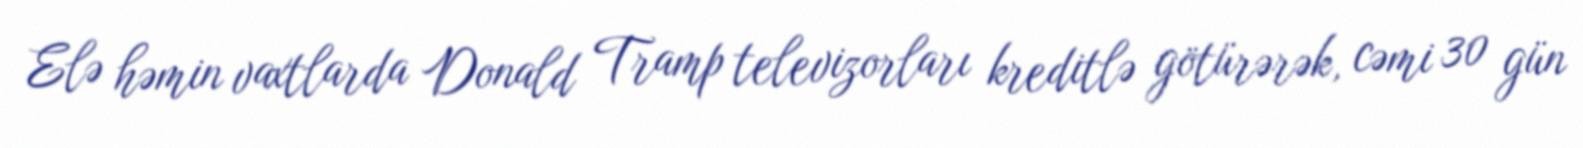
Elə həmin vaxtlarda Donald Tramp televizorları kreditlə götürərək, cəmi 30 gün